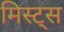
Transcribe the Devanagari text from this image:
मिस्ट्स